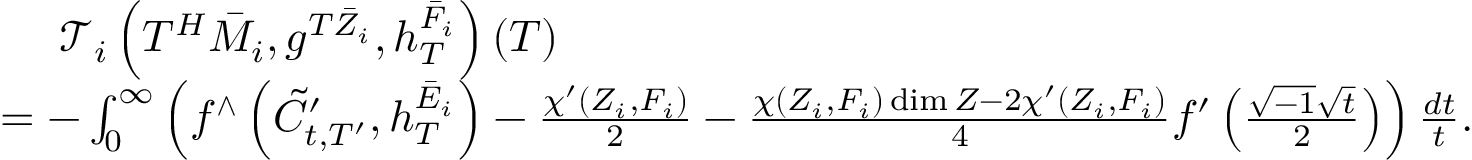
\begin{array} { r l } & { \ \ \ \ \mathcal { T } _ { i } \left( T ^ { H } \bar { M } _ { i } , g ^ { T { \bar { Z } } _ { i } } , h _ { T } ^ { \bar { F } _ { i } } \right) ( T ) } \\ & { = - \int _ { 0 } ^ { \infty } \left( f ^ { \wedge } \left( { \tilde { C } } _ { t , T ^ { \prime } } ^ { \prime } , h _ { T } ^ { { \bar { E } } _ { i } } \right) - \frac { \chi ^ { \prime } ( Z _ { i } , F _ { i } ) } { 2 } - \frac { \chi ( Z _ { i } , F _ { i } ) \dim Z - 2 \chi ^ { \prime } ( Z _ { i } , F _ { i } ) } { 4 } f ^ { \prime } \left( \frac { \sqrt { - 1 } \sqrt { t } } { 2 } \right) \right) \frac { d t } { t } . } \end{array}